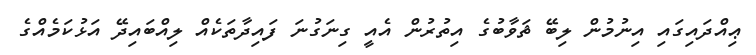
ޢިއްދައިގައި އިނުމުން ލިބޭ ޘަވާބުގެ އިތުރުން އެއީ ގިނަގުނަ ފައިދާތަކެއް ލިއްބައިދޭ އަޅުކަމެއްގެ